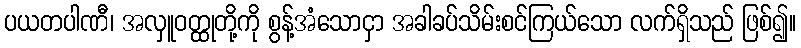
ပယတပါဏီ၊ အလှူဝတ္ထုတို့ကို စွန့်အံသောငှာ အခါခပ်သိမ်းစင်ကြယ်သော လက်ရှိသည် ဖြစ်၍။